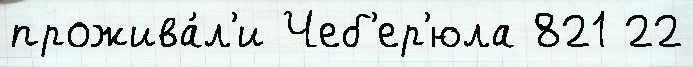
прожива́л'и Чеб'ер'юла 821 22